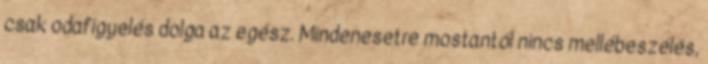
csak odafigyelés dolga az egész. Mindenesetre mostantól nincs mellébeszélés,